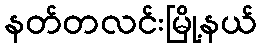
နတ်တလင်းမြို့နယ်